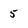
Character: 5